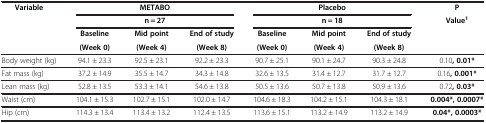
<table><thead><tr><td><b>Variable</b></td><td colspan="3"><b>METABO</b></td><td colspan="3"><b>Placebo</b></td><td><b>P</b></td></tr><tr><td><b> </b></td><td colspan="3"><b>n = 27</b></td><td colspan="3"><b>n = 18</b></td><td><b>Value<sup>1</sup></b></td></tr><tr><td><b> </b></td><td><b>Baseline</b></td><td><b>Mid point</b></td><td><b>End of study</b></td><td><b>Baseline</b></td><td><b>Mid point</b></td><td><b>End of study</b></td><td><b> </b></td></tr><tr><td><b> </b></td><td><b>(Week 0)</b></td><td><b>(Week 4)</b></td><td><b>(Week 8)</b></td><td><b>(Week 0)</b></td><td><b>(Week 4)</b></td><td><b>(Week 8)</b></td><td><b> </b></td></tr></thead><tbody><tr><td>Body weight (kg)</td><td>94.1 ± 23.3</td><td>92.5 ± 23.1</td><td>92.2 ± 23.3</td><td>90.7 ± 25.1</td><td>90.1 ± 24.7</td><td>90.3 ± 24.8</td><td>0.10<b>, 0.01*</b></td></tr><tr><td>Fat mass (kg)</td><td>37.2 ± 14.9</td><td>35.5 ± 14.7</td><td>34.3 ± 14.8</td><td>32.6 ± 13.5</td><td>31.4 ± 12.7</td><td>31.7 ± 12.7</td><td>0.16<b>, 0.001*</b></td></tr><tr><td>Lean mass (kg)</td><td>52.8 ± 13.5</td><td>53.3 ± 14.1</td><td>54.6 ± 13.8</td><td>50.5 ± 13.6</td><td>50.7 ± 13.8</td><td>50.9 ± 13.6</td><td>0.72<b>, 0.03*</b></td></tr><tr><td>Waist (cm)</td><td>104.1 ± 15.3</td><td>102.7 ± 15.1</td><td>102.0 ± 14.7</td><td>104.6 ± 18.3</td><td>104.2 ± 15.1</td><td>104.3 ± 18.1</td><td><b>0.004*, 0.0007*</b></td></tr><tr><td>Hip (cm)</td><td>114.3 ± 13.4</td><td>113.4 ± 13.2</td><td>112.4 ± 13.5</td><td>113.6 ± 15.1</td><td>113.2 ± 14.9</td><td>113.2 ± 14.9</td><td><b>0.04*, 0.0003*</b></td></tr></tbody></table>